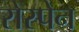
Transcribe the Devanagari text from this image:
रोस्पेन